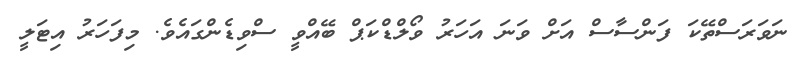
ނަވަރަސްތޭކަ ފަންސާސް އަށް ވަނަ އަހަރު ވޯލްޑްކަޕް ބޭއްވީ ސްވިޑެންގައެވެ. މިފަހަރު އިޓަލީ